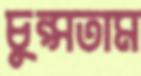
চুপ্‌সতাম